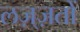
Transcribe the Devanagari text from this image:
लज़्ज़तों